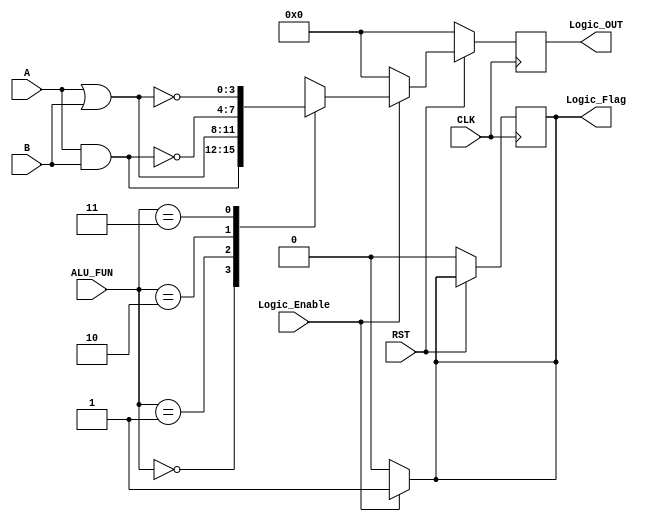
module LOGIC_UNIT
//declaring parameters
#(parameter WIDTH = 4)
//declaring inputs and outputs
(
input wire [WIDTH-1: 0] A,B,
input wire [1:0]        ALU_FUN,
input wire              CLK,Logic_Enable,RST,

output reg [WIDTH-1: 0] Logic_OUT,
output reg              Logic_Flag
);

// declare internal signal
reg [WIDTH-1: 0] Logic_OUT_comb;

// storing in Active low Ascynchronous register
always@(posedge CLK)
  begin
    if(!RST)
      begin
        Logic_OUT  <= 'b0;
        Logic_Flag <= 'b0;
      end
    else
      Logic_OUT <= Logic_OUT_comb;
  end
  
  
// Logic operations
always@(*)
  begin
    if(Logic_Enable)
      begin
        Logic_Flag = 1'b1;
        case(ALU_FUN)
          2'b00:begin
                  Logic_OUT_comb = A & B;
                end    
          2'b01:begin
                  Logic_OUT_comb = A | B;
                end    
          2'b10: begin
                  Logic_OUT_comb = ~(A & B);
                end    
          2'b11: begin
                  Logic_OUT_comb = ~(A | B);
                end
        endcase
      end
	  else
	    begin
		    Logic_OUT_comb = 'b0;
			Logic_Flag = 1'b0;

	    end
  end
  
endmodule